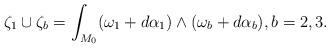
LaTeX: \begin{align*} \zeta_1\cup \zeta_b = \int_{M_0} (\omega_1+d\alpha_1)\land (\omega_b+d\alpha_b), b=2,3.\end{align*}